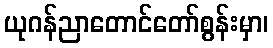
ယုဂန်ညာတောင်တော်စွန်းမှာ၊